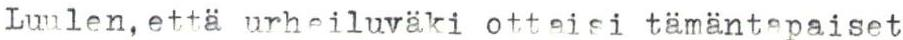
Luulen, että urheiluväki ottaisi tämäntapaiset